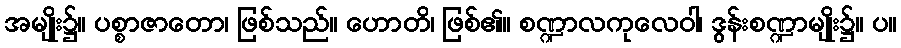
အမျိုး၌။ ပစ္စာဇာတော၊ ဖြစ်သည်။ ဟောတိ၊ ဖြစ်၏။ စဏ္ဍာလကုလေဝါ၊ ဒွန်းစဏ္ဍာမျိုး၌။ ပ။